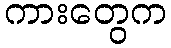
ကားတွေက